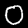
Digit: 0